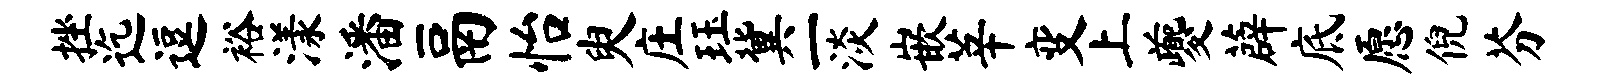
挫迄逗裕漾潘鬲怡臾庄珏冀一淡嵌莘变上夔薜底愿倪芬